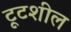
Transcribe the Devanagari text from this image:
टूटशील